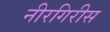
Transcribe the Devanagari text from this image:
नीरगिरीस